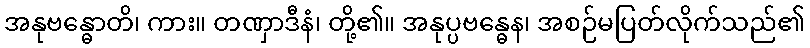
အနုဗန္ဓောတိ၊ ကား။ တဏှာဒီနံ၊ တို့၏။ အနုပ္ပဗန္ဓေန၊ အစဉ်မပြတ်လိုက်သည်၏